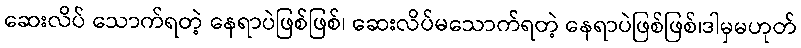
ဆေးလိပ် သောက်ရတဲ့ နေရာပဲဖြစ်ဖြစ်၊ ဆေးလိပ်မသောက်ရတဲ့ နေရာပဲဖြစ်ဖြစ်၊ဒါမှမဟုတ်